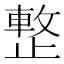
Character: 𣦔